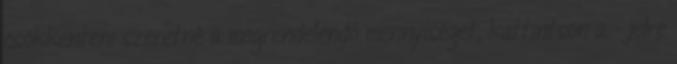
csökkenteni szeretné a megrendelendő mennyiséget, kattintson a - jelre